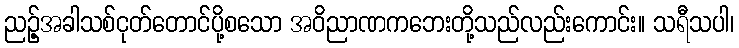
ညဉ့်အခါသစ်ငုတ်တောင်ပို့စသော အဝိညာဏကဘေးတို့သည်လည်းကောင်း။ သရီသပါ၊